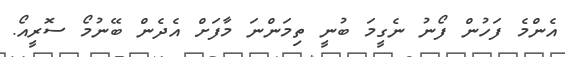
އެންމެ ފަހުން ފޯނު ނެގީމަ ބުނީ ތިމަންނަ މާފަށް އެދެން ބޭނުމޯ ސޮރީއޯ.